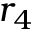
r _ { 4 }